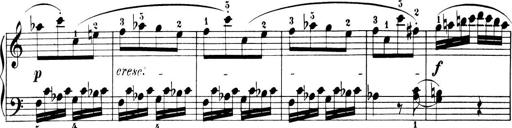
Title: 6 Piano Sonatinas
Composer: Cornelius Gurlitt